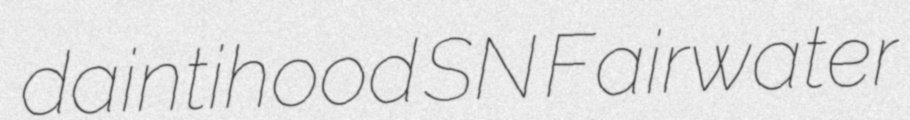
daintihood SN Fairwater